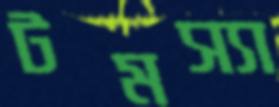
টমস্যা